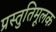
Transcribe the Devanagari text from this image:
प्रस्तुतिमूलक